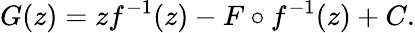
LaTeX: G(z)=zf^{-1}(z)-F\circ f^{-1}(z)+C.